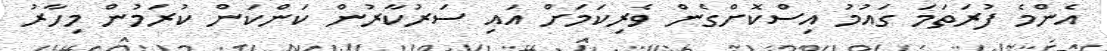
އެންމެ ފުރަތަމަ ގައުމު އިސްކޮށްގެން ވެރިކަމަށް އައި ސަރުކާރުން ކަންކަން ކުރަމުން މިހާރު